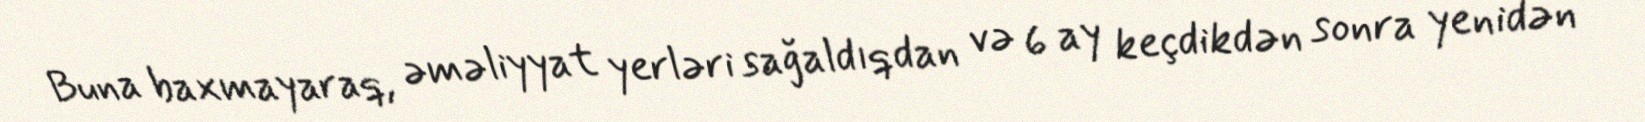
Buna baxmayaraq, əməliyyat yerləri sağaldıqdan və 6 ay keçdikdən sonra yenidən